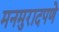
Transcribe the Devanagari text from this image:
मनमुरादपणे